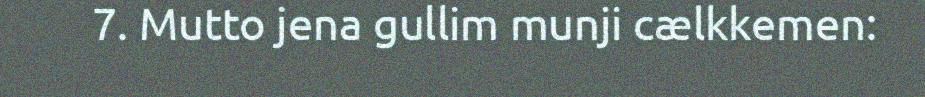
7. Mutto jena gullim munji cælkkemen: